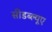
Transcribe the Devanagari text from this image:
सीडब्ल्यूए